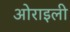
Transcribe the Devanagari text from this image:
ओराइली